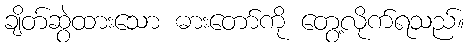
ချိတ်ဆွဲထားသော ဓားတော်ကို တွေ့လိုက်ရသည်။